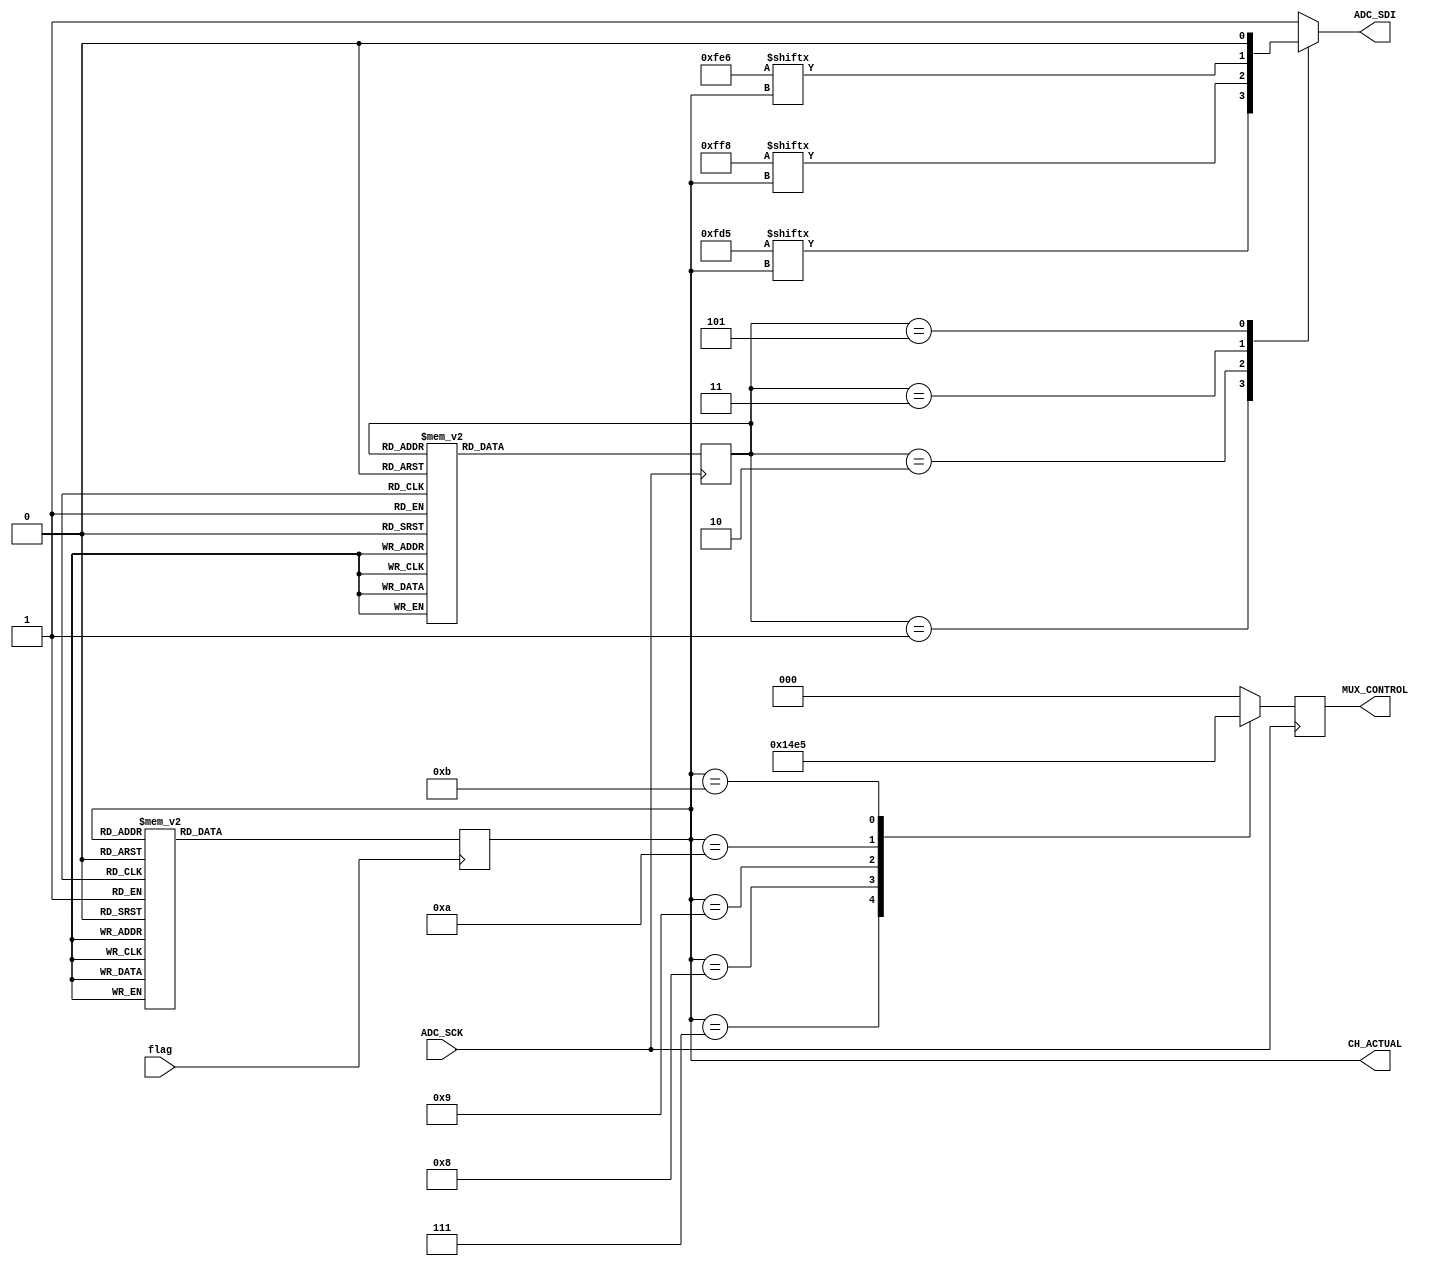
module ControlSDI(flag, ADC_SCK, ADC_SDI, CH_ACTUAL, MUX_CONTROL);

parameter SD = 1'b1;
parameter UNI = 1'b1;
parameter SLP = 1'b0;

parameter OS_BIT_OPTIONS = 13'b0111111010101;
parameter s1_BIT_OPTIONS = 13'b0111111111000;
parameter s0_BIT_OPTIONS = 13'b0111111100110;


input flag, ADC_SCK;
output [3:0] CH_ACTUAL;
output ADC_SDI;
output [2:0] MUX_CONTROL;


wire [3:0] CH_ACTUAL;
reg ADC_SDI = 1;
reg [2:0] MUX_CONTROL = 0;

assign CH_ACTUAL = estado_actual;

wire OS_BIT;
wire S1_BIT;
wire S0_BIT;
assign OS_BIT = OS_BIT_OPTIONS[estado_actual];
assign S1_BIT = s1_BIT_OPTIONS[estado_actual];
assign S0_BIT = s0_BIT_OPTIONS[estado_actual];

parameter ESTADO_CH0=4'd0;
parameter ESTADO_CH1=4'd1;
parameter ESTADO_CH2=4'd2;
parameter ESTADO_CH3=4'd3;
parameter ESTADO_CH4=4'd4;
parameter ESTADO_CH5=4'd5;
parameter ESTADO_CH6=4'd6;
parameter ESTADO_CH7=4'd7;
parameter ESTADO_CH8=4'd8;
parameter ESTADO_CH9=4'd9;
parameter ESTADO_CH10=4'd10;
parameter ESTADO_CH11=4'd11;
parameter ESTADO_CH12=4'd12;

reg [3:0] estado_actual=ESTADO_CH0;
reg [3:0] estado_futuro=ESTADO_CH0;


// SEQUENTIAL NEW CLOCK
always @ (negedge flag)
begin
	estado_actual<=estado_futuro;
end


//Logica combinacional de estados
always@(*)
begin
	case(estado_actual)
		ESTADO_CH0:estado_futuro=ESTADO_CH1;
		ESTADO_CH1:estado_futuro=ESTADO_CH2;
		ESTADO_CH2:estado_futuro=ESTADO_CH3;
		ESTADO_CH3:estado_futuro=ESTADO_CH4;
		ESTADO_CH4:estado_futuro=ESTADO_CH5;
		ESTADO_CH5:estado_futuro=ESTADO_CH6;
		ESTADO_CH6:estado_futuro=ESTADO_CH7;
		ESTADO_CH7:estado_futuro=ESTADO_CH8;
		ESTADO_CH8:estado_futuro=ESTADO_CH9;
		ESTADO_CH9:estado_futuro=ESTADO_CH10;
		ESTADO_CH10:estado_futuro=ESTADO_CH11;
		ESTADO_CH11:estado_futuro=ESTADO_CH12;
		ESTADO_CH12:estado_futuro=ESTADO_CH0;
		default:estado_futuro=ESTADO_CH0;
	endcase
end

//Logica SECUENCIAL de salidas
always@(posedge ADC_SCK)
begin
	case(estado_actual)

		ESTADO_CH6: MUX_CONTROL <= 3'd0;
		ESTADO_CH7: MUX_CONTROL <= 3'd1;
		ESTADO_CH8: MUX_CONTROL <= 3'd2;
		ESTADO_CH9: MUX_CONTROL <= 3'd3;
		ESTADO_CH10: MUX_CONTROL <= 3'd4;
		ESTADO_CH11: MUX_CONTROL <= 3'd5;

		default: MUX_CONTROL = 3'd0;

	endcase
end



//Control de la senial SDI

parameter ESTADO_0=4'd0;
parameter ESTADO_1=4'd1;
parameter ESTADO_2=4'd2;
parameter ESTADO_3=4'd3;
parameter ESTADO_4=4'd4;
parameter ESTADO_5=4'd5;
parameter ESTADO_6=4'd6;
parameter ESTADO_7=4'd7;
parameter ESTADO_8=4'd8;
parameter ESTADO_9=4'd9;
parameter ESTADO_10=4'd10;
parameter ESTADO_11=4'd11;

reg [3:0] estado_actual_SDI = ESTADO_0;
reg [3:0] estado_futuro_SDI = ESTADO_0;

always @ (negedge ADC_SCK)
begin
	estado_actual_SDI<=estado_futuro_SDI;
end


always@(*)
begin
	case(estado_actual_SDI)
		ESTADO_0:estado_futuro_SDI=ESTADO_1;
		ESTADO_1:estado_futuro_SDI=ESTADO_2;
		ESTADO_2:estado_futuro_SDI=ESTADO_3;
		ESTADO_3:estado_futuro_SDI=ESTADO_4;
		ESTADO_4:estado_futuro_SDI=ESTADO_5;
		ESTADO_5:estado_futuro_SDI=ESTADO_6;
		ESTADO_6:estado_futuro_SDI=ESTADO_7;
		ESTADO_7:estado_futuro_SDI=ESTADO_8;
		ESTADO_8:estado_futuro_SDI=ESTADO_9;
		ESTADO_9:estado_futuro_SDI=ESTADO_10;
		ESTADO_10:estado_futuro_SDI=ESTADO_11;
		ESTADO_11:estado_futuro_SDI=ESTADO_0;
		default:estado_futuro_SDI=ESTADO_0;
	endcase
end



always@(*)
begin
	case(estado_actual_SDI)

		ESTADO_0:ADC_SDI = SD;
		ESTADO_1:ADC_SDI = OS_BIT;
		ESTADO_2:ADC_SDI = S1_BIT;
		ESTADO_3:ADC_SDI = S0_BIT;
		ESTADO_4:ADC_SDI = UNI;
		ESTADO_5:ADC_SDI = SLP;
		ESTADO_6:ADC_SDI = SD;
		ESTADO_7:ADC_SDI = SD;
		ESTADO_8:ADC_SDI = SD;
		ESTADO_9:ADC_SDI = SD;
		ESTADO_10:ADC_SDI = SD;
		ESTADO_11:ADC_SDI = SD;

		default: ADC_SDI = 1'b1;

	endcase
end


endmodule